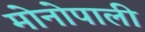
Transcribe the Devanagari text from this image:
मोनोपाली